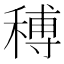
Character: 𥠵